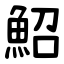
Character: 鮉